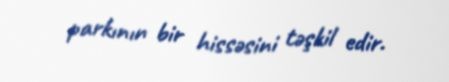
parkının bir hissəsini təşkil edir.